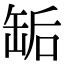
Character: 缿